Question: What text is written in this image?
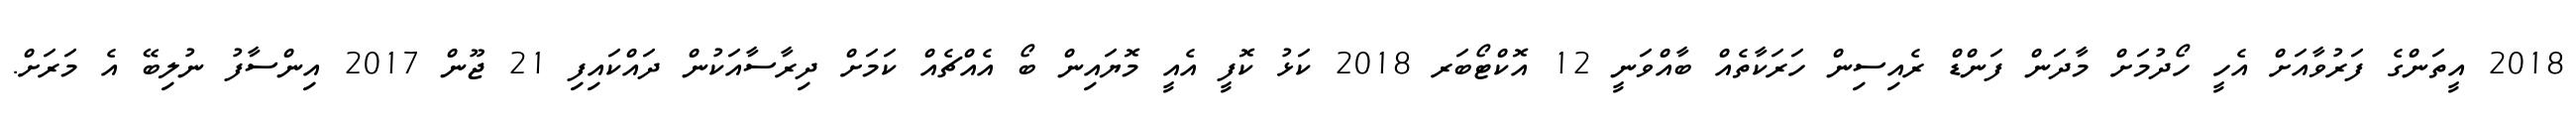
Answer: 2018 އީތަންގެ ފަރުވާއަށް އެހީ ހޯދުމަށް މާދަން ފަންޑް ރެއިސިން ހަރަކާތެއް ބާއްވަނީ 12 އޮކްޓޯބަރ 2018 ކަޅު ކޮފީ އެއީ މޮޔައިން ބޯ އެއްޗެއް ކަމަށް ދިރާސާއަކުން ދައްކައިފި 21 ޖޫން 2017 އިންސާފު ނުލިބޭ އެ މަރަށް.